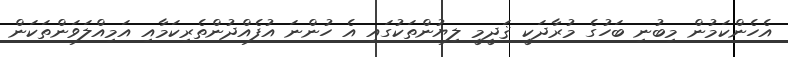
އެހެންކަމުން މިބުނި ބަހުގެ މުރާދަކީ ޤަދީމީ ލިޔުންތަކުގައި އެ ހުންނަ އުފެއްދުންތެރިކަމާއި އަމިއްލަވަންތަކަން